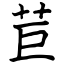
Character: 苣